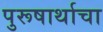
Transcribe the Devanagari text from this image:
पुरूषार्थाचा